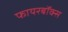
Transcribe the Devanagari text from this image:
फायरबॉक्स